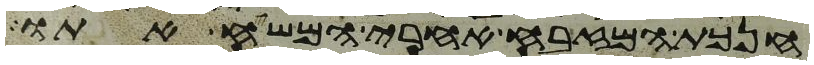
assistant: חנכת המזבח אחרי המשח אתו